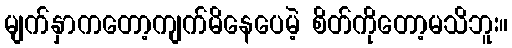
မျက်နှာကတော့ကျက်မိနေပေမဲ့ စိတ်ကိုတော့မသိဘူး။